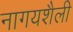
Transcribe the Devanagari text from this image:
नागयशैली